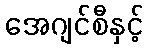
အေဂျင်စီနှင့်